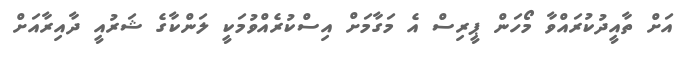
އަށް ތާއީދުކުރައްވާ މޯހަން ޕީރިސް އެ މަގާމަށް އިސްކުރެއްވުމަކީ ލަންކާގެ ޝަރުއީ ދާއިރާއަށް